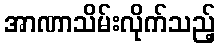
အာဏာသိမ်းလိုက်သည့်